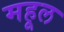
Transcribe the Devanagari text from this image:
महूल